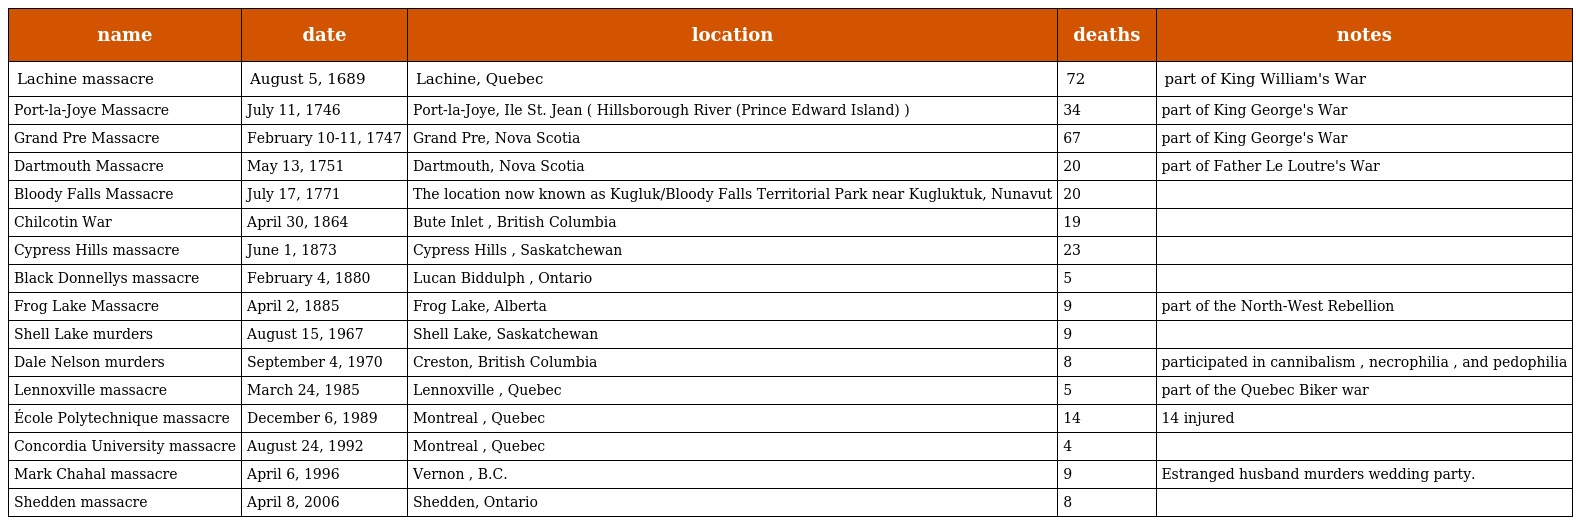
| name | date | location | deaths | notes |
 | --- | --- | --- | --- | --- |
 | Lachine massacre | August 5, 1689 | Lachine, Quebec | 72 | part of King William's War |
 | Port-la-Joye Massacre | July 11, 1746 | Port-la-Joye, Ile St. Jean ( Hillsborough River (Prince Edward Island) ) | 34 | part of King George's War |
 | Grand Pre Massacre | February 10-11, 1747 | Grand Pre, Nova Scotia | 67 | part of King George's War |
 | Dartmouth Massacre | May 13, 1751 | Dartmouth, Nova Scotia | 20 | part of Father Le Loutre's War |
 | Bloody Falls Massacre | July 17, 1771 | The location now known as Kugluk/Bloody Falls Territorial Park near Kugluktuk, Nunavut | 20 |  |
 | Chilcotin War | April 30, 1864 | Bute Inlet , British Columbia | 19 |  |
 | Cypress Hills massacre | June 1, 1873 | Cypress Hills , Saskatchewan | 23 |  |
 | Black Donnellys massacre | February 4, 1880 | Lucan Biddulph , Ontario | 5 |  |
 | Frog Lake Massacre | April 2, 1885 | Frog Lake, Alberta | 9 | part of the North-West Rebellion |
 | Shell Lake murders | August 15, 1967 | Shell Lake, Saskatchewan | 9 |  |
 | Dale Nelson murders | September 4, 1970 | Creston, British Columbia | 8 | participated in cannibalism , necrophilia , and pedophilia |
 | Lennoxville massacre | March 24, 1985 | Lennoxville , Quebec | 5 | part of the Quebec Biker war |
 | École Polytechnique massacre | December 6, 1989 | Montreal , Quebec | 14 | 14 injured |
 | Concordia University massacre | August 24, 1992 | Montreal , Quebec | 4 |  |
 | Mark Chahal massacre | April 6, 1996 | Vernon , B.C. | 9 | Estranged husband murders wedding party. |
 | Shedden massacre | April 8, 2006 | Shedden, Ontario | 8 |  |